Leningradi_Edasi_toimetus, lk 102
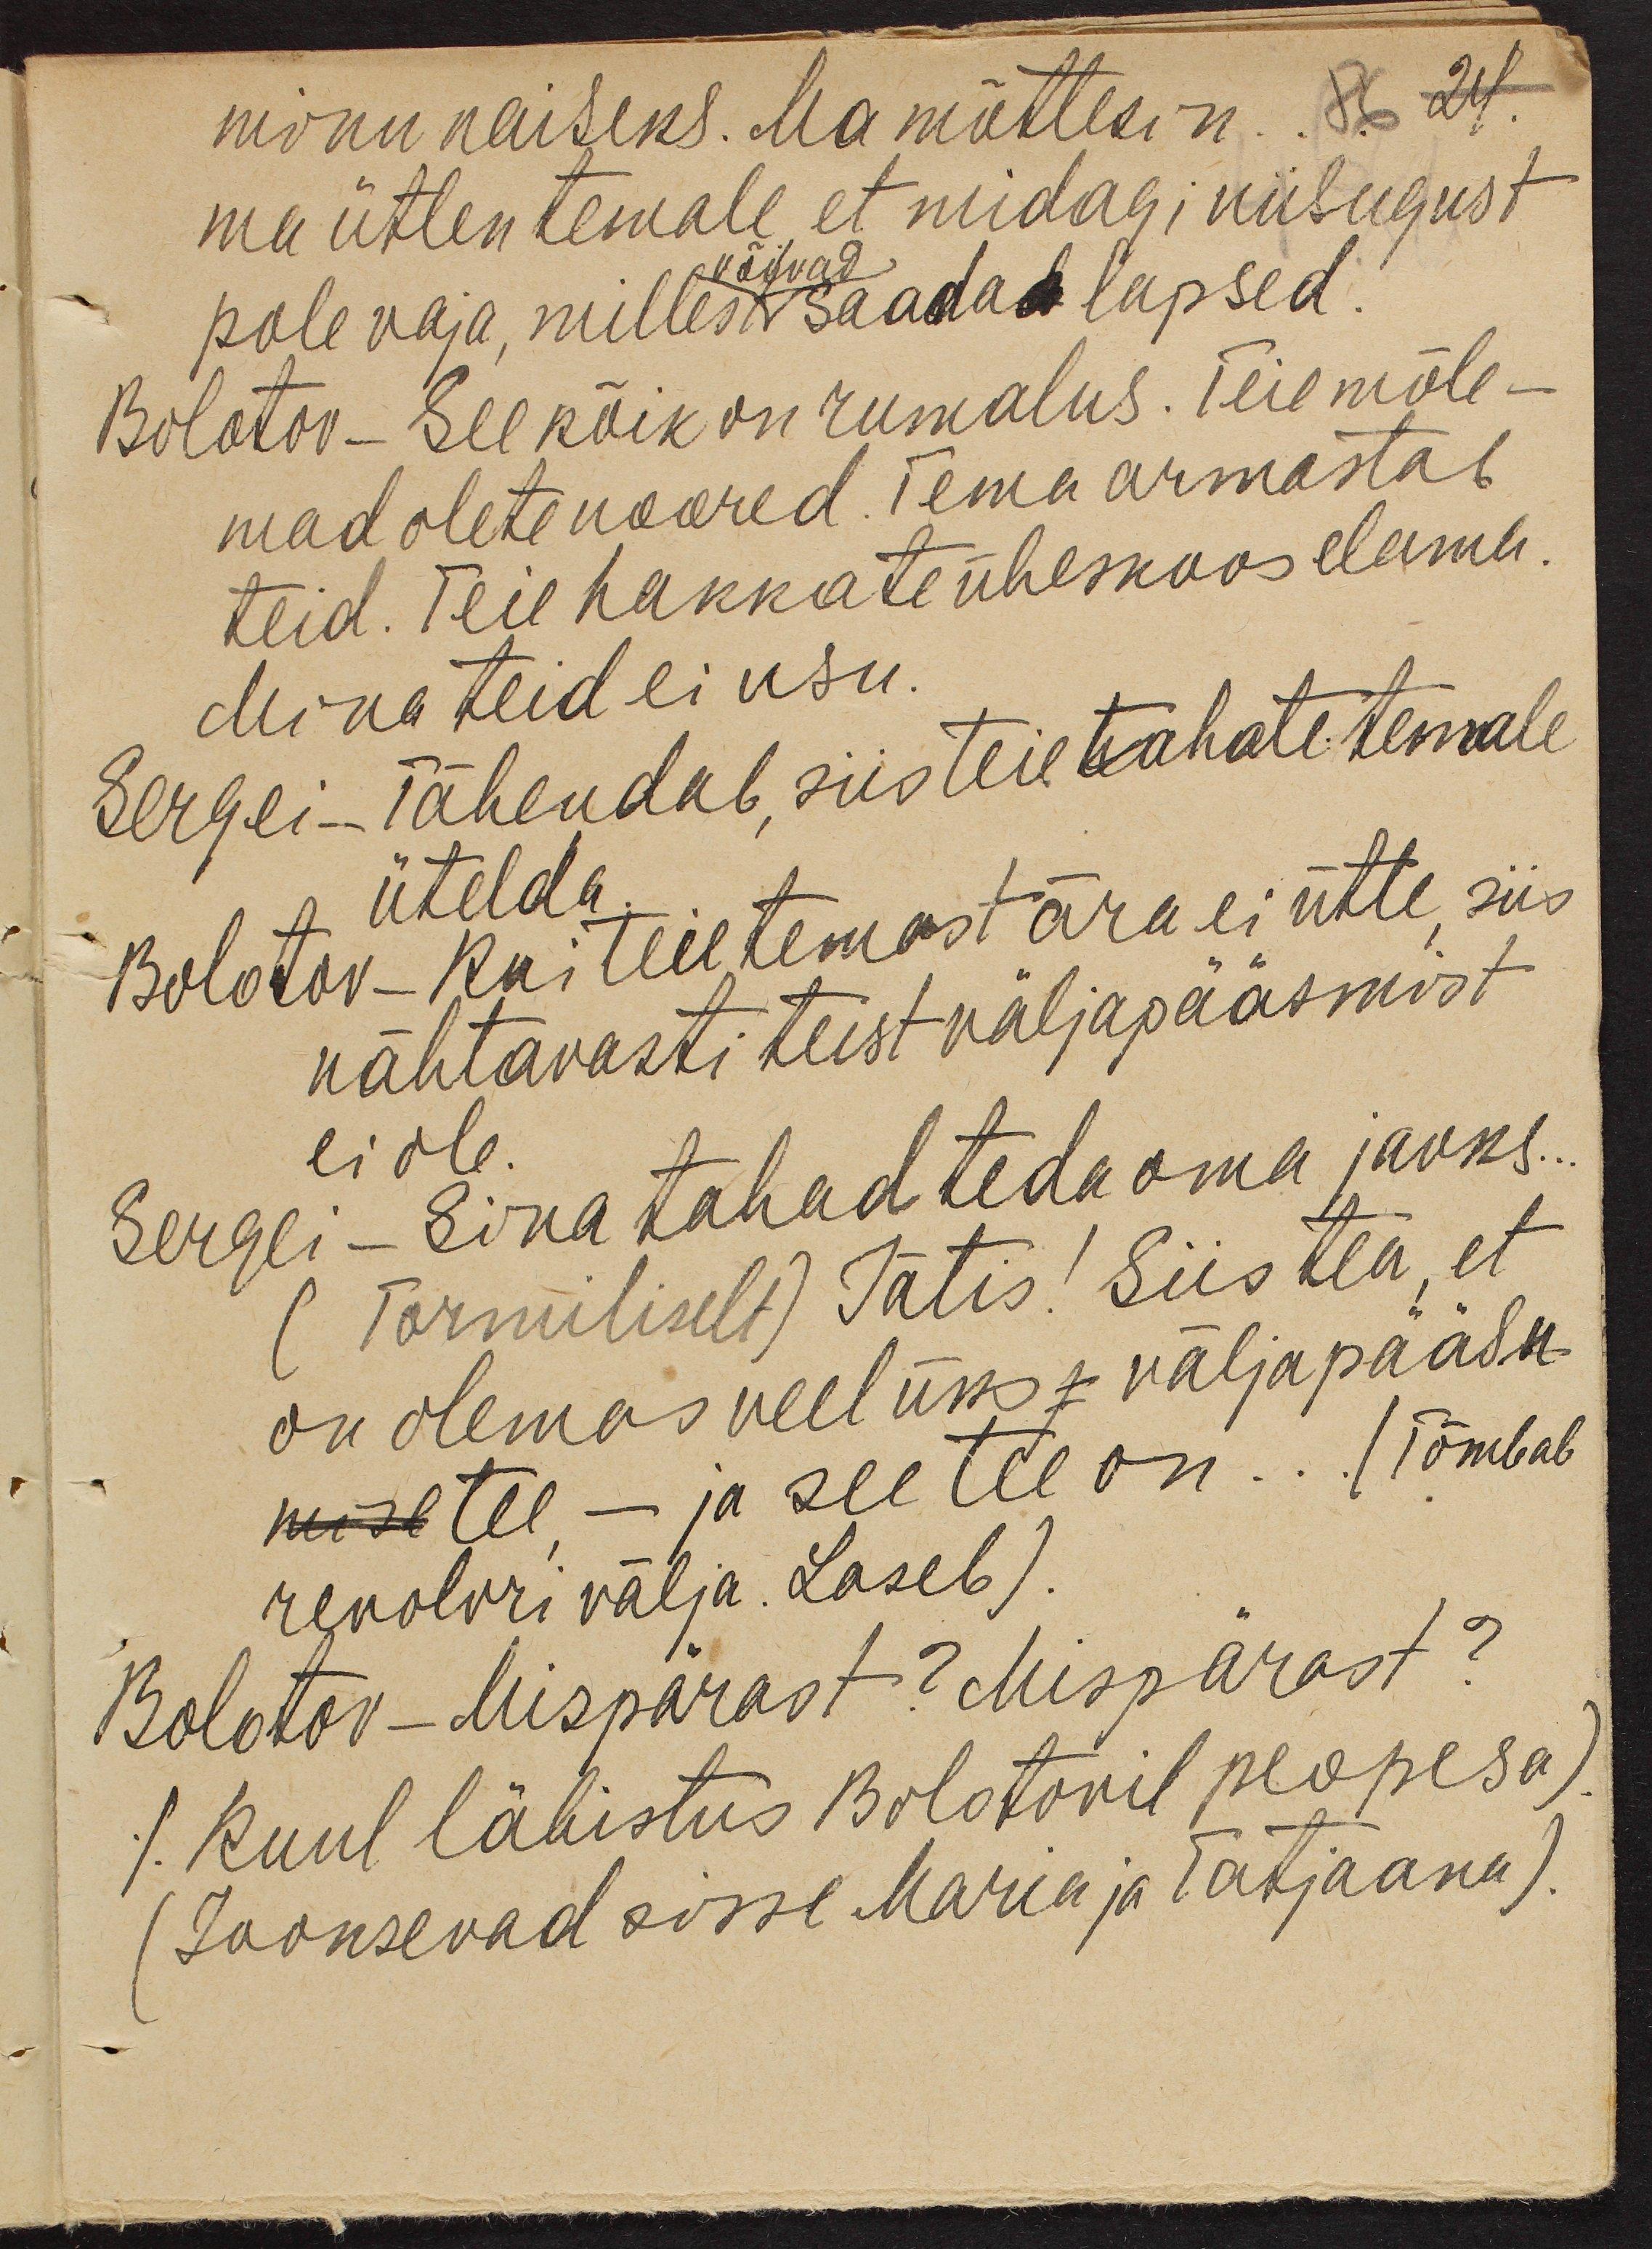
minu naiseks. Ma mõtlesin ..
ma ütlen temale et midagi niisugust
pole vaja, millest saada lapsed.
võivad
Bolotov - See kõik on rumalus. Teie mõle-
mad olete noored. Tema armastab
teid. Teie hakkate üheskoos elama.
Mina teid ei usu.
Sergei - Tähendab, siis teie tahate temale
ütelda
Bolotov - Kui teie temast ära ei ütle, siis
nähtavasti teist väljapääsmist
ei ole.
Sergei - Sina tahad teda oma jaoks ...
(Tormiliselt) Jätis! Siis tea, et
on olemas veel üks = väljapääsu-
mise tee, - ja see tee on ... (Tõmbab
revolvri välja. Laseb).
Bolotov - Mispärast? Mispärast?
./. Kuul läbistus Bolotovil peopesa)
(Jooksevad sisse Maria ja Tatjaana).